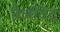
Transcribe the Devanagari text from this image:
तैलविंदु